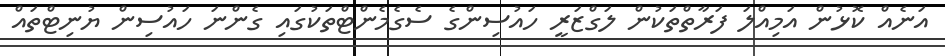
އަނެއް ކޮޅުން އަމިއްލަ ފަރާތްތަކުން ލަގްޒަރީ ހައުސިންގެ ސެގެމެންޓްްތަކުގައި ގެންނަ ހައުސިން ޔުނިޓްތައް